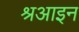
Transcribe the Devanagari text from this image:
श्रआइन